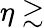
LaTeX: \eta\gtrsim